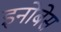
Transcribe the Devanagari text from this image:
इनोबेस